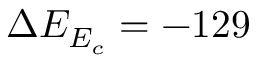
\Delta E _ { E _ { c } } = - 1 2 9